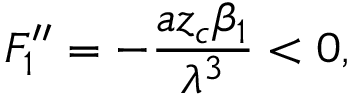
F _ { 1 } ^ { \prime \prime } = - \frac { a z _ { c } \beta _ { 1 } } { \lambda ^ { 3 } } < 0 ,